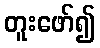
တူးဖော်၍